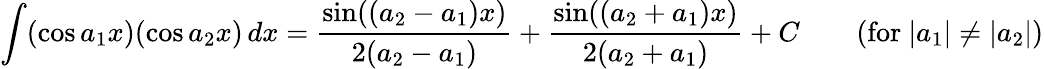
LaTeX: \int(\cos a_{1}x)(\cos a_{2}x)\, dx={\frac{\sin((a_{2}-a_{1})x)}{2(a_{2}-a_{1})}}+{\frac{\sin((a_{2}+a_{1})x)}{2(a_{2}+a_{1})}}+C\qquad{\mathrm{(for~}}|a_{1}|\neq|a_{2}|{\mathrm{)}}